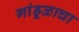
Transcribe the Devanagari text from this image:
गांडूळाचा